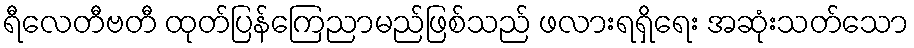
ရီလေတီဗတီ ထုတ်ပြန်ကြေညာမည်ဖြစ်သည် ဖလားရရှိရေး အဆုံးသတ်သော